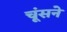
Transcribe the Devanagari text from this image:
चूंसने